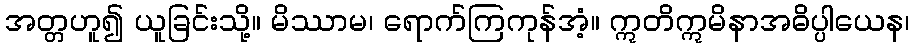
အတ္တဟူ၍ ယူခြင်းသို့။ မိဿာမ၊ ရောက်ကြကုန်အံ့။ ဣတိဣမိနာအဓိပ္ပါယေန၊